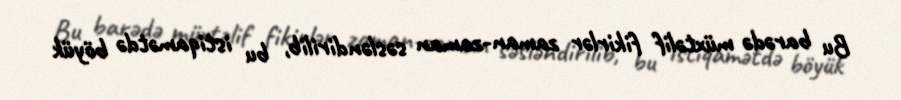
Bu barədə müxtəlif fikirlər zaman-zaman səsləndirilib, bu istiqamətdə böyük